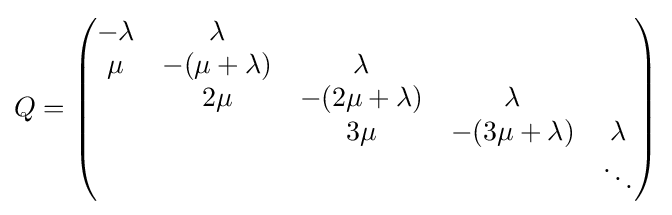
Q={\begin{pmatrix}-\lambda &\lambda \\\mu &-(\mu +\lambda )&\lambda \\&2\mu &-(2\mu +\lambda )&\lambda \\&&3\mu &-(3\mu +\lambda )&\lambda \\&&&&\ddots \end{pmatrix}}